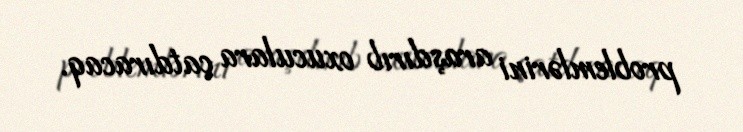
problemlərini araşdırıb oxuculara çatdıracaq.